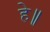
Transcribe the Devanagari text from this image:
हे॥